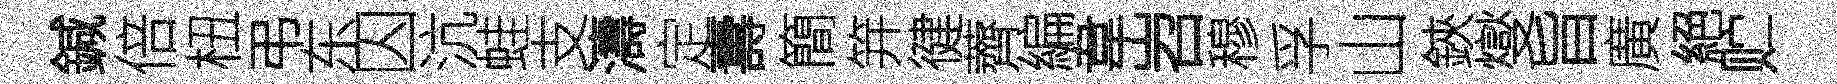
鍼倍杻弔东囚沆蛙支濤定夀簡笄徤薺編韋岧穆孚山鋏燮旨廣絕贮